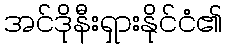
အင်ဒိုနီးရှားနိုင်ငံ၏